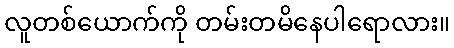
လူတစ်ယောက်ကို တမ်းတမိနေပါရောလား။